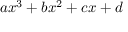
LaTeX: a x ^ { 3 } + b x ^ { 2 } + c x + d